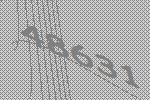
48631